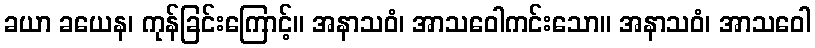
ခယာ ခယေန၊ ကုန်ခြင်းကြောင့်။ အနာသဝံ၊ အာသဝေါကင်းသော။ အနာသဝံ၊ အာသဝေါ